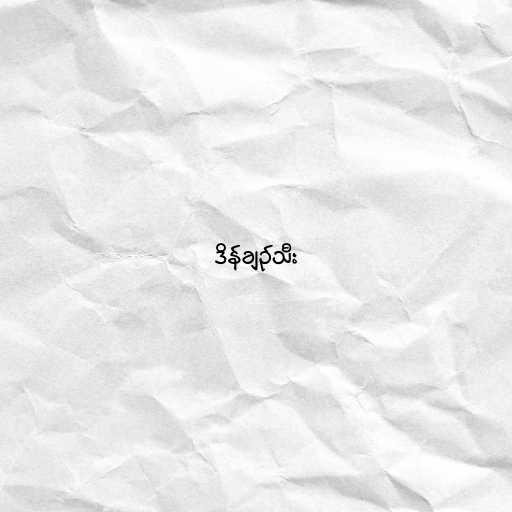
ဒိန်ချဉ်သီး